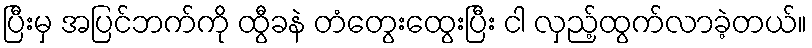
ပြီးမှ အပြင်ဘက်ကို ထွီခနဲ တံတွေးထွေးပြီး ငါ လှည့်ထွက်လာခဲ့တယ်။